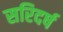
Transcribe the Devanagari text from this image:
सरिदर्ष